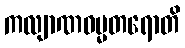
ကလျာဏဓမ္မတရောတိ